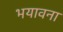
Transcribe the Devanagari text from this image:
भयावना